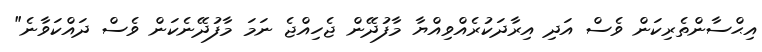
އިޙްސާންތެރިކަން ވެސް އަދި އިރާދަކުރެއްވިއްޔާ މާފުދޭން ޖެހިއްޖެ ނަމަ މާފުދޭނެކަން ވެސް ދައްކަވާނެ"